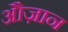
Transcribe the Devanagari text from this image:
औज़ान